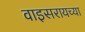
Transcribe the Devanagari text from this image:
वाइसरायच्या